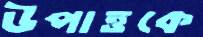
উপাত্তকে